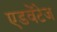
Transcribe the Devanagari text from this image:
एडवेंटेज